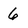
Character: 6